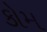
કોમ